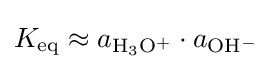
K_{\rm {eq}}\approx a_{\rm {H_{3}O^{+}}}\cdot a_{\rm {OH^{-}}}